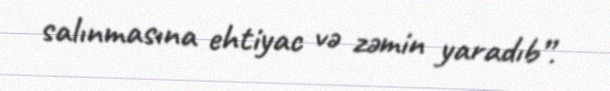
salınmasına ehtiyac və zəmin yaradıb”.